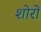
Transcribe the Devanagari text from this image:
शोरों